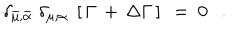
\delta _ { \bar { \mu } , \bar { \alpha } } \; \delta _ { \mu , \alpha } \; \left[ \, \Gamma \, + \, \Delta \Gamma \, \right] \ = \ 0 \ \ \ .